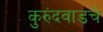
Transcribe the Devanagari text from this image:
कुरुंदवाडचे